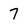
Character: 7